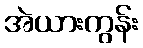
အဲယားကွန်း